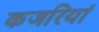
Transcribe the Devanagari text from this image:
कजरियां